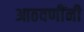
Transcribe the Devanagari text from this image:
आठवणींनी